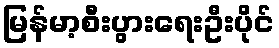
မြန်မာ့စီးပွားရေးဦးပိုင်